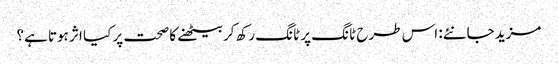
مزید جانئے: اس طرح ٹانگ پر ٹانگ رکھ کر بیٹھنے کا صحت پر کیا اثر ہوتا ہے؟